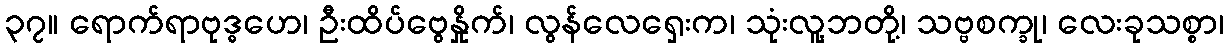
၃၇။ ရောက်ရာဗုဒ္ဓဟေ၊ ဦးထိပ်ဗွေနှိုက်၊ လွန်လေရှေးက၊ သုံးလူ့ဘတို့၊ သဗ္ဗစက္ခု၊ လေးခုသစ္စာ၊